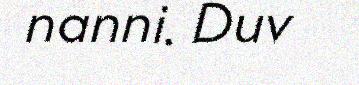
nanni. Duv